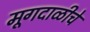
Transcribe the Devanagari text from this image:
मूगदाळीचे